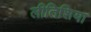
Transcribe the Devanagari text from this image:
लीतिशिया